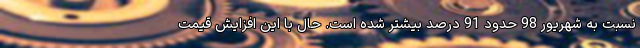
نسبت به شهریور 98 حدود 91 درصد بیشتر شده است. حال با این افزایش قیمت